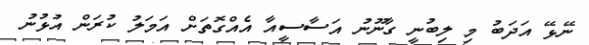
ނޭޅޭ އަދަބު މި ލިބުނީ ގާނޫނު އަސާސީއާ އެއްގޮތަށް އަމަލު ކުރަން އުޅުނު